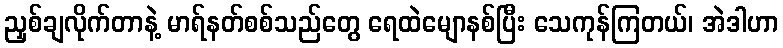
ညှစ်ချလိုက်တာနဲ့ မာရ်နတ်စစ်သည်တွေ ရေထဲမျောနစ်ပြီး သေကုန်ကြတယ်၊ အဲဒါဟာ